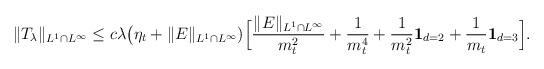
LaTeX: \begin{align*}\|T_{\lambda}\|_{L^1\cap L^\infty}\leq c\lambda\big(\eta_t + \|E\|_{L^1\cap L^\infty})\Big[\frac{\|E\|_{L^1\cap L^\infty}}{m^2_t} + \frac{1}{m^4_t}+\frac{1}{m^2_t}{\bf 1}_{d=2} + \frac{1}{m_t}{\bf 1}_{d=3} \Big].\end{align*}